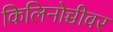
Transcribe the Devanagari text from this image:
किलिनोच्चीवर